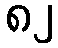
၈၂